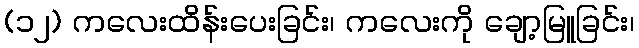
(၁၂) ကလေးထိန်းပေးခြင်း၊ ကလေးကို ချော့မြူခြင်း၊